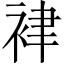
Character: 𧙻